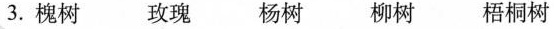
3.槐树 玫瑰 杨树 柳树 梧桐树